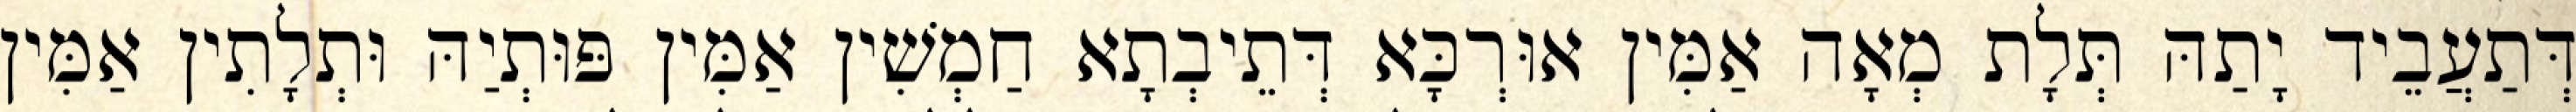
דְּתַעֲבֵיד יָתַהּ תְּלָת מְאָה אַמִּין אוּרְכָּא דְּתֵיבְתָא חַמְשִׁין אַמִּין פּוּתְיַהּ וּתְלָתִין אַמִּין